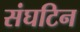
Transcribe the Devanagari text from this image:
संघटिन